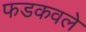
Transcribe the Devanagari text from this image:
फडकवले